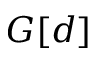
G [ d ]